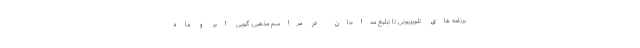
برنامه های تلویزیونی تا تبلیغ مداحان در مراسم مذهبی، گویی ابر و ماه